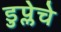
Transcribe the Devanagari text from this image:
डुप्लेचे